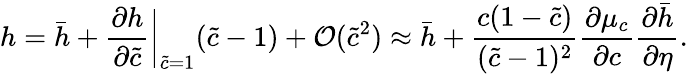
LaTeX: h=\bar{h}+\frac{\partial h}{\partial\tilde{c}}\bigg|_{\tilde{c}=1}(\tilde{c}-1)+\mathcal{O}(\tilde{c}^{2})\approx\bar{h}+\frac{c(1-\tilde{c})}{(\tilde{c}-1)^{2}}\frac{\partial\mu_{c}}{\partial c}\frac{\partial\bar{h}}{\partial\eta}.